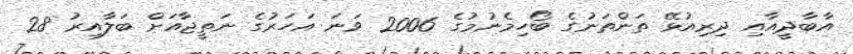
އާބާދީއާއި ދިރިއުޅޭ ތަންތަނުގެ ބޯހިމެނުމުގެ 2006 ވަނަ އަހަރުގެ ނަތީޖާއަށް ބަލާއިރު 28